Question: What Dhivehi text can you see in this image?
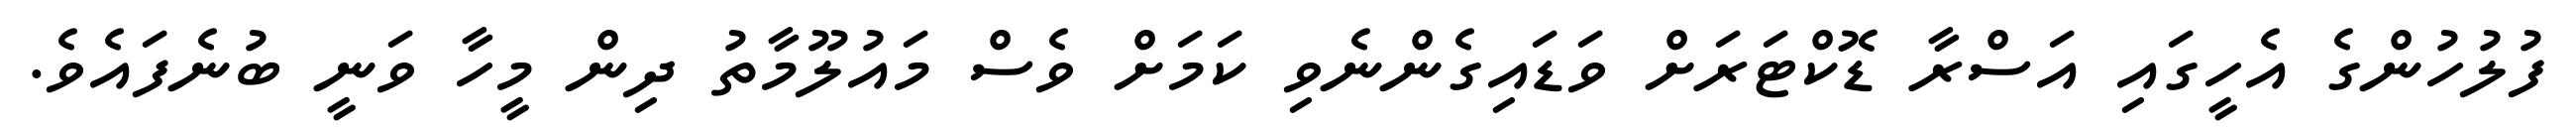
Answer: ފުލުހުންގެ އެހީގައި އަސްރާ ޑޮކްޓަރަށް ވަޑައިގެންނެވި ކަމަށް ވެސް މައުލޫމާތު ދިން މީހާ ވަނީ ބުނެފައެވެ.